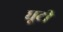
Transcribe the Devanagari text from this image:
घूटी